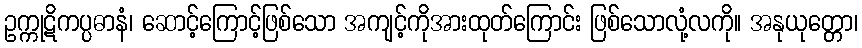
ဥက္ကုဋိကပ္ပဓာနံ၊ ဆောင့်ကြောင့်ဖြစ်သော အကျင့်ကိုအားထုတ်ကြောင်း ဖြစ်သောလုံ့လကို။ အနုယုတ္တော၊